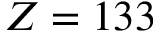
Z = 1 3 3